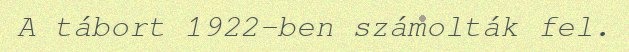
A tábort 1922-ben számolták fel.